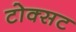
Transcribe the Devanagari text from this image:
टोक्सट